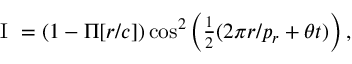
\begin{array} { r } { \mathrm { ~ I ~ } = ( 1 - \Pi [ r / c ] ) \cos ^ { 2 } \left( \frac { 1 } { 2 } ( 2 \pi r / p _ { r } + \theta t ) \right) , } \end{array}